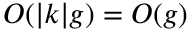
O ( | k | g ) = O ( g )